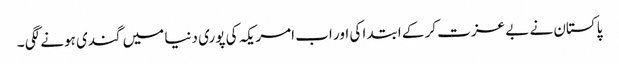
پاکستان نے بے عزت کر کے ابتدا کی اور اب امریکہ کی پوری دنیا میں گندی ہونے لگی ۔